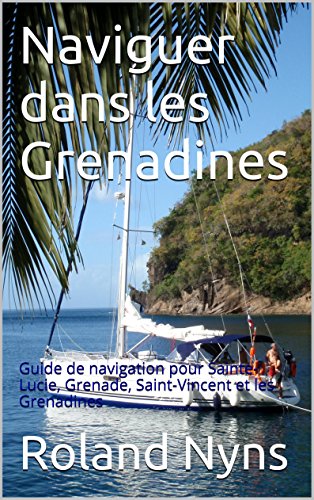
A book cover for Naviguer dans les Grenadines: Guide de navigation pour Sainte-Lucie, Grenade, Saint-Vincent et les Grenadines (Sailpilot t. 4) (French Edition); Roland Nyns; Travel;